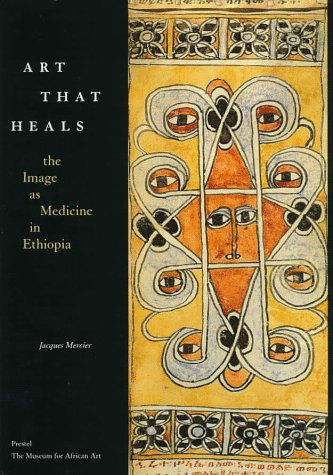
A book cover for Art That Heals: The Image As Medicine in Ethiopia (African Art); Jacques Mercier; Travel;